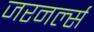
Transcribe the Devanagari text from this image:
जरनर्ल्स